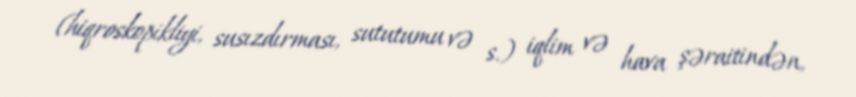
(hiqroskopikliyi, susızdırması, sututumu və s.) iqlim və hava şəraitindən,